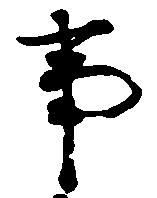
事